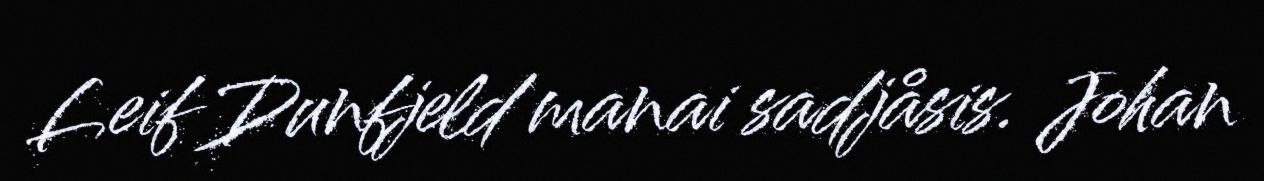
Leif Dunfjeld manai sadjåsis. Johan